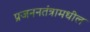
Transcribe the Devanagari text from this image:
प्रजननतंत्रामधील